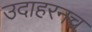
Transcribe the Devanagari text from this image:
उदाहरनच